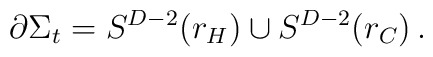
\partial \Sigma_t = S^{D-2}(r_H) \cup S^{D-2}(r_C)\,.